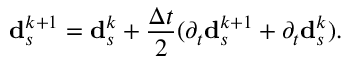
\mathbf { d } _ { s } ^ { k + 1 } = \mathbf { d } _ { s } ^ { k } + \frac { \Delta t } { 2 } ( \partial _ { t } \mathbf { d } _ { s } ^ { k + 1 } + \partial _ { t } \mathbf { d } _ { s } ^ { k } ) .